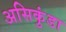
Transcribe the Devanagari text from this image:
असिकुंडा